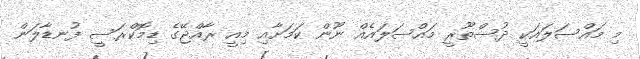
މި މައްސަލައަކީ ދުސްތޫރީ މައްސަލައެއް ނޫން ކަމަށާއި މިއީ ރާއްޖޭގެ ޑިމޮކްރަސީ ފުނޑާލަން